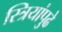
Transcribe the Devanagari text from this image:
स्त्रियांपुढे